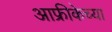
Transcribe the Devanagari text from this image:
आफ्रीकेच्या